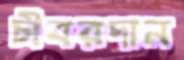
চীবরদান